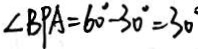
\angle B P A = 6 0 ^ { \circ } - 3 0 ^ { \circ } = 3 0 ^ { \circ }